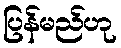
ပြန်မည်ဟု